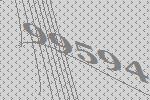
99594